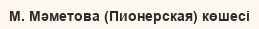
М. Мәметова (Пионерская) көшесі